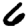
Digit: 6